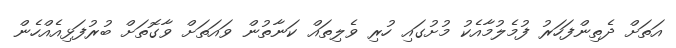
އަތަށް ދެތިންފަހަރު ފުމެލުމާއެކު މުށުގައި ހުރި ވެލިތައް ކަނާތުން ވައަތަށް ވާގޮތަށް ބުރުފަޅިއެއްހެން